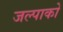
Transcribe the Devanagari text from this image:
जल्पाको